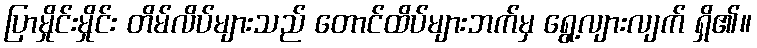
ပြာမှိုင်းမှိုင်း တိမ်လိပ်များသည် တောင်ထိပ်များဘက်မှ ရွေ့လျားလျက် ရှိ၏။